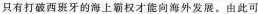
只有打破西班牙的海上霸权才能向海外发展。由此可